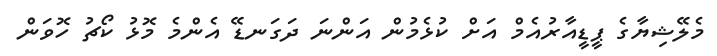
މެލޭޝިޔާގެ ޕީޑީއާރުއެމް އަށް ކުޅެމުން އަންނަ ދަގަނޑޭ އެންމެ މޮޅު ކޯޗު ހޮވަން